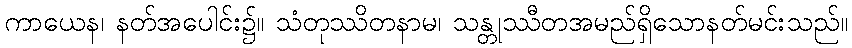
ကာယေန၊ နတ်အပေါင်း၌။ သံတုဿိတနာမ၊ သန္တုဿီတအမည်ရှိသောနတ်မင်းသည်။